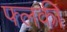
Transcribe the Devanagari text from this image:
फ्लकी